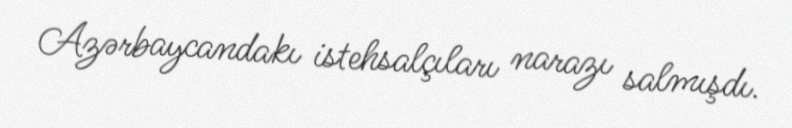
Azərbaycandakı istehsalçıları narazı salmışdı.